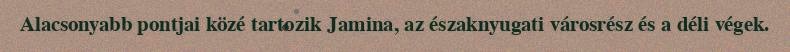
Alacsonyabb pontjai közé tartozik Jamina, az északnyugati városrész és a déli végek.